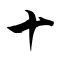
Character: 十